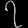
Digit: ၇